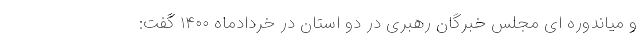
و میاندوره ای مجلس خبرگان رهبری در دو استان در خردادماه ۱۴۰۰ گفت: